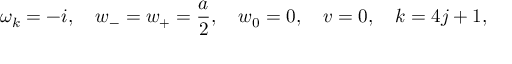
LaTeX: \omega _ { k } = - i , \quad w _ { - } = w _ { + } = \frac a 2 , \quad w _ { 0 } = 0 , \quad v = 0 , \quad k = 4 j + 1 ,